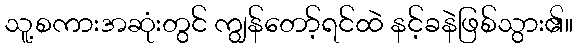
သူ့စကားအဆုံးတွင် ကျွန်တော့်ရင်ထဲ နင့်ခနဲဖြစ်သွား၏။